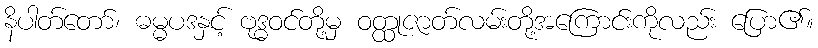
နိပါတ်တော်၊ ဓမ္မပဒနှင့် ဗုဒ္ဓဝင်တို့မှ ဝတ္ထုဇာတ်လမ်းတို့အကြောင်းကိုလည်း ပြော၏။